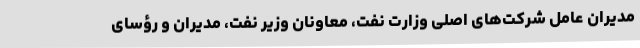
مدیران عامل شرکت‌های اصلی وزارت نفت، معاونان وزیر نفت، مدیران و رؤسای